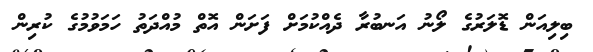
ބިލިއަން ޑޮލަރުގެ ލޯނު އަނބުރާ ދެއްކުމަށް ފަށަން އޮތް މުއްދަތު ހަމަވުމުގެ ކުރިން